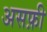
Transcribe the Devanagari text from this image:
असफ़ी